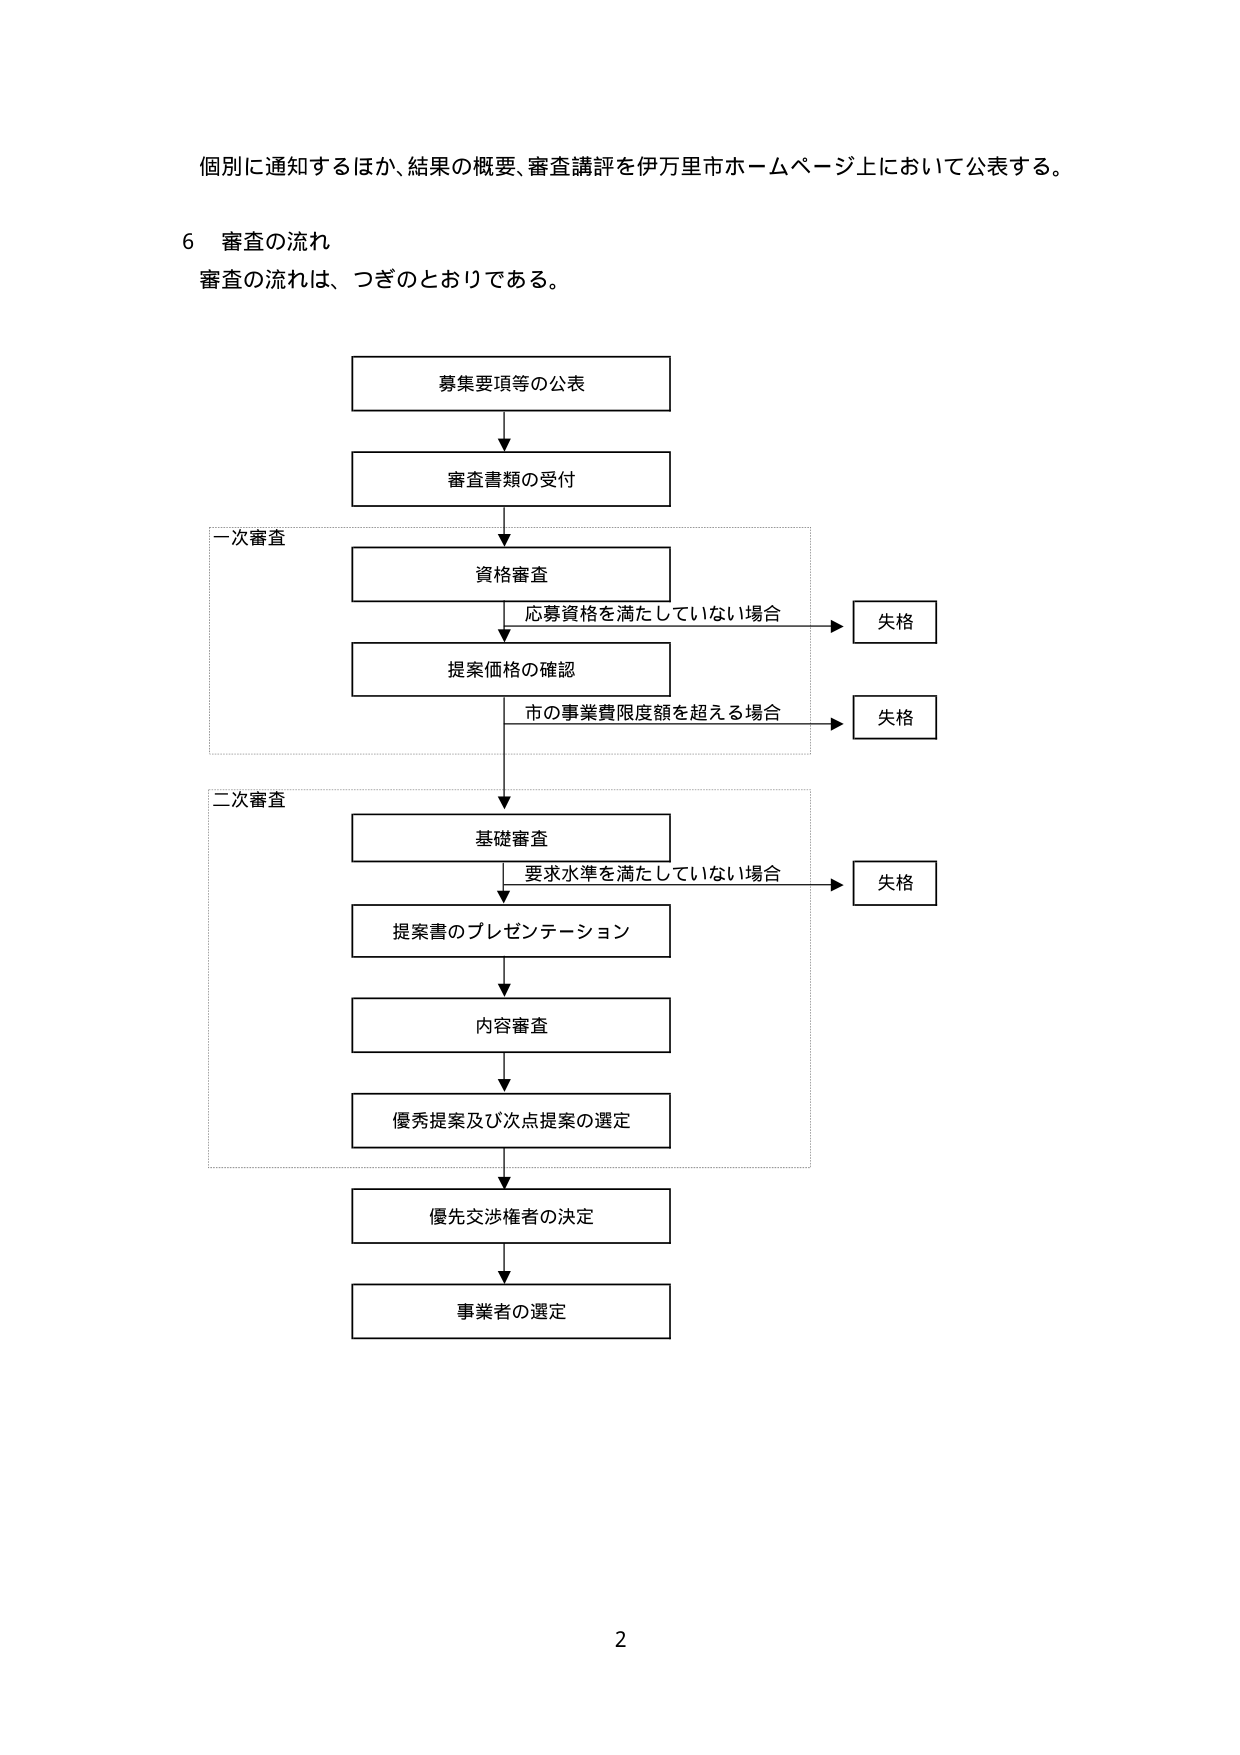
個別に通知するほか、結果の概要、審査講評を伊万里市ホームページ上において公表する。

6 審査の流れ
審査の流れは、つぎのとおりである。

募集要項等の公表
↓
審査書類の受付
↓
一次審査
　資格審査
　　応募資格を満たしていない場合 → 失格
　提案価格の確認
　　市の事業費限度額を超える場合 → 失格
↓
二次審査
　基礎審査
　　要求水準を満たしていない場合 → 失格
　提案書のプレゼンテーション
　↓
　内容審査
　↓
　優秀提案及び次点提案の選定
　↓
優先交渉権者の決定
　↓
事業者の選定

2